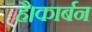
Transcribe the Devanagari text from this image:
है।कार्बन